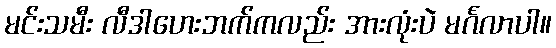
မင်းသမီး လီဒါဟေးဘက်ကလည်း အားလုံးပဲ မင်္ဂလာပါ။